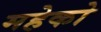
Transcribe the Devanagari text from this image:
महेको